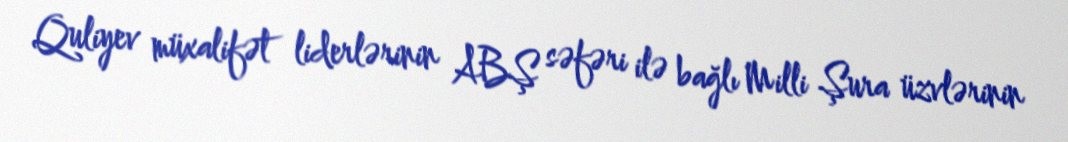
Quliyev müxalifət liderlərinin ABŞ səfəri ilə bağlı Milli Şura üzvlərinin